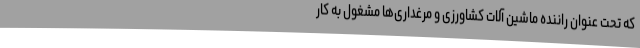
که تحت عنوان راننده ماشین آلات کشاورزی و مرغداری‌ها مشغول به کار